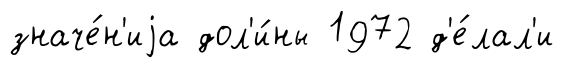
значе́н'иjа дол'и́ны 1972 д'е́лал'и